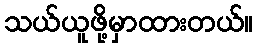
သယ်ယူဖို့မှာထားတယ်။